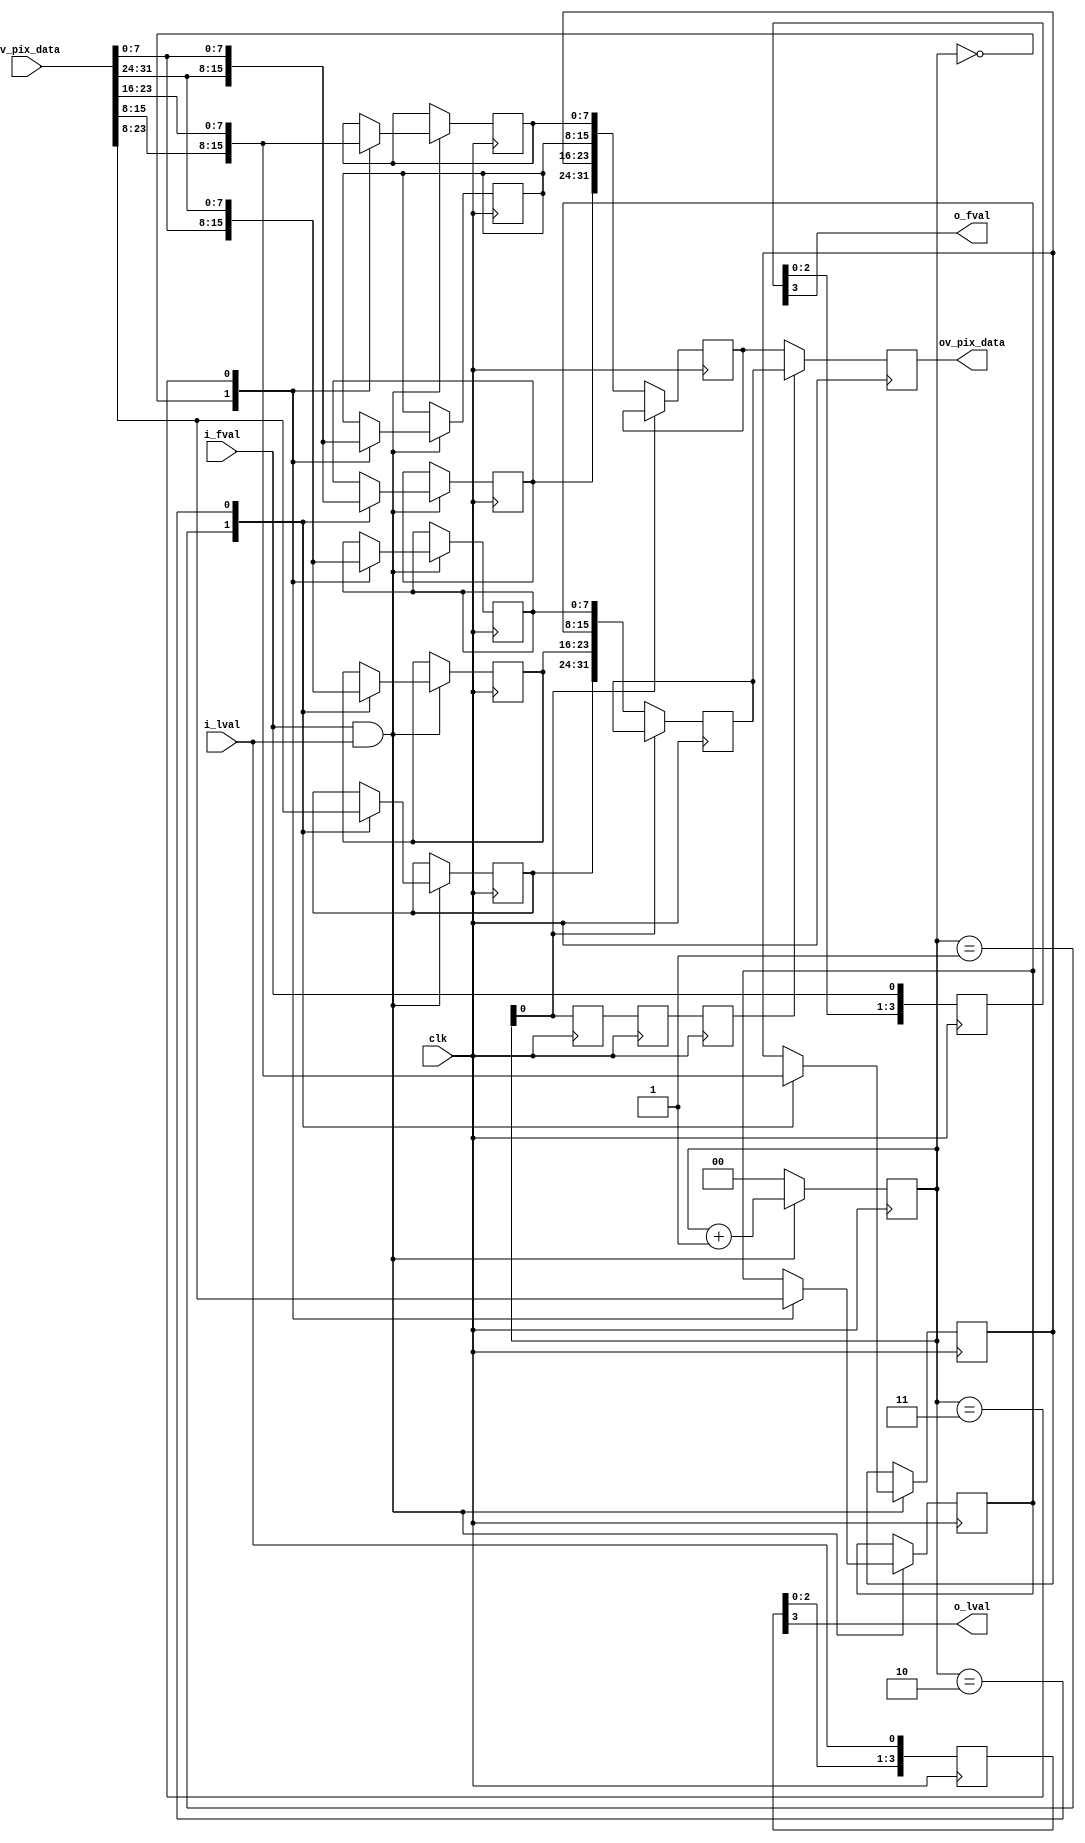
//-------------------------------------------------------------------------------------------------
//  --    : , 2010 -2015.
//  --      .
//  --          : FPGA
//  --        : map_python
//  --        : 
//-------------------------------------------------------------------------------------------------
//
//  --  :
//
//  --          :| 				:|  
//-------------------------------------------------------------------------------------------------
//  --        :| 2015/10/14 9:55:41	:|  
//-------------------------------------------------------------------------------------------------
//
//  --      : python
//              1)  : AN66427-D python
//
//						--even kernel--			--odd kernel--
//				ch0		p0			p1			p7			p6
//
//				ch1		p2			p3			p5			p4
//
//				ch2		p4			p5			p3			p2
//
//				ch3		p6			p7			p1			p0
//
//              2)  : ... ...
//
//              3)  : ... ...
//
//-------------------------------------------------------------------------------------------------
///
`timescale 1ns/1ps
//-------------------------------------------------------------------------------------------------

module map_python # (
	parameter			DATA_WIDTH			= 8		,	//
	parameter			CHANNEL_NUM			= 4			//
	)
	(
	input										clk							,	//
	input										i_fval						,	//
	input										i_lval						,	//
	input	[DATA_WIDTH*CHANNEL_NUM-1:0]		iv_pix_data					,	//
	output										o_fval						,	//
	output										o_lval						,	//
	output	[DATA_WIDTH*CHANNEL_NUM-1:0]		ov_pix_data						//
	);


	//	ref signals

	reg		[1:0]								pix_cnt	= 2'b0;
	reg		[1:0]								pix_cnt_dly0	= 2'b0;
	reg		[1:0]								pix_cnt_dly1	= 2'b0;
	reg		[1:0]								pix_cnt_dly2	= 2'b0;
	wire	[DATA_WIDTH-1:0]					wv_data_lane	[CHANNEL_NUM-1:0]	;
	reg		[DATA_WIDTH-1:0]					map_temp0	[CHANNEL_NUM-1:0];
	reg		[DATA_WIDTH-1:0]					map_temp1	[CHANNEL_NUM-1:0];
	wire	[DATA_WIDTH*CHANNEL_NUM-1:0]		map_temp_align0	;
	wire	[DATA_WIDTH*CHANNEL_NUM-1:0]		map_temp_align1	;
	reg		[DATA_WIDTH*CHANNEL_NUM-1:0]		map_latch0	;
	reg		[DATA_WIDTH*CHANNEL_NUM-1:0]		map_latch1	;
	reg		[DATA_WIDTH*CHANNEL_NUM-1:0]		dout_reg	= 'b0;
	reg		[3:0]								fval_shift	= 4'b0;
	reg		[3:0]								lval_shift	= 4'b0;



	//	ref ARCHITECTURE
	//	===============================================================================================
	//	ref ******
	//	===============================================================================================
	//	-------------------------------------------------------------------------------------
	//	
	//	--81kernel2kernel
	//	-------------------------------------------------------------------------------------
	always @ (posedge clk) begin
		if(i_fval&i_lval) begin
			pix_cnt	<= pix_cnt + 1'b1;
		end
		else begin
			pix_cnt	<= 4'b0;
		end
	end


	always @ (posedge clk) begin
		pix_cnt_dly0	<= pix_cnt;
		pix_cnt_dly1	<= pix_cnt_dly0;
		pix_cnt_dly2	<= pix_cnt_dly1;
	end
	//	-------------------------------------------------------------------------------------
	//	
	//	-- DATA_WIDTH bit
	//	--bytebyte
	//	-------------------------------------------------------------------------------------
	genvar	i;
	generate
		for(i=0;i<CHANNEL_NUM;i=i+1) begin
			assign	wv_data_lane[i]	= iv_pix_data[DATA_WIDTH*(i+1)-1:DATA_WIDTH*i];
		end
	endgenerate

	//-------------------------------------------------------------------------------------------------
	//						***input***
	//-------------------------------------------------------------------------------------------------
	//
	//				ch0		p0			p4			p0			p4
	//
	//				ch1		p1			p5			p1			p5
	//
	//				ch2		p2			p6			p2			p6
	//
	//				ch3		p3			p7			p3			p7
	//
	//-------------------------------------------------------------------------------------------------
	//						***output***
	//-------------------------------------------------------------------------------------------------
	//						--even kernel--			--odd kernel--
	//				ch0		p0			p1			p7			p6
	//
	//				ch1		p2			p3			p5			p4
	//
	//				ch2		p4			p5			p3			p2
	//
	//				ch3		p6			p7			p1			p0
	//
	//-------------------------------------------------------------------------------------------------
	always @ (posedge clk) begin
		if(i_fval&i_lval) begin
			case(pix_cnt)
				0	: begin
					map_temp0[0]		<= wv_data_lane[0];
					map_temp1[0]		<= wv_data_lane[1];
					map_temp0[1]		<= wv_data_lane[2];
					map_temp1[1]		<= wv_data_lane[3];
				end
				1	: begin
					map_temp0[2]		<= wv_data_lane[0];
					map_temp1[2]		<= wv_data_lane[1];
					map_temp0[3]		<= wv_data_lane[2];
					map_temp1[3]		<= wv_data_lane[3];
				end
				2	: begin
					map_temp1[3]		<= wv_data_lane[0];
					map_temp0[3]		<= wv_data_lane[1];
					map_temp1[2]		<= wv_data_lane[2];
					map_temp0[2]		<= wv_data_lane[3];
				end
				3	: begin
					map_temp1[1]		<= wv_data_lane[0];
					map_temp0[1]		<= wv_data_lane[1];
					map_temp1[0]		<= wv_data_lane[2];
					map_temp0[0]		<= wv_data_lane[3];
				end
			endcase
		end
	end

	//	-------------------------------------------------------------------------------------
	//         		  ___  ___  ___  ___  ___  ___  ___  ___  ___  ___  ___  ___  ___  ___  ___  ___  ___  ___  ___  ___  ___  ___
	//	clk  		__| |__| |__| |__| |__| |__| |__| |__| |__| |__| |__| |__| |__| |__| |__| |__| |__| |__| |__| |__| |__| |__| |__
	//
	//					   ________________________________________________________________________________________________
	//	i_fval		_______|                                                                                              |_________
	//                     _________________________________________              _________________________________________
	//	i_lval		_______|                                       |______________|                                       |_________
	//
	//	pix_cnt		-------< 0 >< 1 >< 2 >< 3 >< 0 >< 1 >< 2 >< 3 >< 0            >< 0 >< 1 >< 2 >< 3 >< 0 >< 1 >< 2 >< 3 >
	//
	//	din			-------<d0 ><d1 ><d2 ><d3 ><d4 ><d5 ><d6 ><d7 >----------------<d0 ><d1 ><d2 ><d3 ><d4 ><d5 ><d6 ><d7 >----------------
	//
	//	map_temp0	-----------------<d01><xxx><d23><xxx><d45><xxx><d67><xxx>----------------<d01><xxx><d23><xxx><d45><xxx><d67><xxx>----------------
	//
	//	map_temp1	-----------------<d01><xxx><d23><xxx><d45><xxx><d67><xxx>----------------<d01><xxx><d23><xxx><d45><xxx><d67><xxx>----------------
	//
	//	map_latch0	----------------------<d01     ><d23     ><d45     ><d67     >----------------<d01     ><d23     ><d45     ><d67     >----------------
	//
	//	map_latch1	----------------------<d01     ><d23     ><d45     ><d67     >----------------<d01     ><d23     ><d45     ><d67     >----------------
	//
	//	pix_cnt_dly2----------------------< 0 >< 1 >< 2 >< 3 >< 0 >< 1 >< 2 >< 3 >< 0            >< 0 >< 1 >< 2 >< 3 >< 0 >< 1 >< 2 >< 3 >
	//
	//	dout		---------------------------<d0 ><d1 ><d2 ><d3 ><d4 ><d5 ><d6 ><d7 >----------------<d0 ><d1 ><d2 ><d3 ><d4 ><d5 ><d6 ><d7 >----------------
	//
	//					                       ________________________________________________________________________________________________
	//	o_fval		___________________________|                                                                                              |_________
	//                                         _________________________________________              _________________________________________
	//	o_lval		___________________________|                                       |______________|                                       |_________
	//
	//
	//	-------------------------------------------------------------------------------------


	//	===============================================================================================
	//	ref ******
	//	===============================================================================================
	//	-------------------------------------------------------------------------------------
	//	
	//	-- DATA_WIDTH bit
	//	--bytebyte
	//	-------------------------------------------------------------------------------------
	genvar	j;
	generate
		for(j=0;j<CHANNEL_NUM;j=j+1) begin
			assign	map_temp_align0[DATA_WIDTH*(j+1)-1:DATA_WIDTH*j]	= map_temp0[j];
			assign	map_temp_align1[DATA_WIDTH*(j+1)-1:DATA_WIDTH*j]	= map_temp1[j];
		end
	endgenerate

	//	-------------------------------------------------------------------------------------
	//	 pix_cnt[0]==0 
	//	-------------------------------------------------------------------------------------
	always @ (posedge clk) begin
		if(!pix_cnt[0]) begin
			map_latch0	<= map_temp_align0;
			map_latch1	<= map_temp_align1;
		end
	end

	//	-------------------------------------------------------------------------------------
	//	
	//	-------------------------------------------------------------------------------------
	always @ (posedge clk) begin
		if(pix_cnt_dly2[0]) begin
			dout_reg	<= map_latch0;
		end
		else begin
			dout_reg	<= map_latch1;
		end
	end
	assign	ov_pix_data	= dout_reg;

	//	-------------------------------------------------------------------------------------
	//	22
	//	-------------------------------------------------------------------------------------
	always @ (posedge clk) begin
		fval_shift	<= {fval_shift[2:0],i_fval};
	end
	assign	o_fval	= fval_shift[3];

	always @ (posedge clk) begin
		lval_shift	<= {lval_shift[2:0],i_lval};
	end
	assign	o_lval	= lval_shift[3];

endmodule